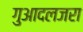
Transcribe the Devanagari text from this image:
गुआदलजरा